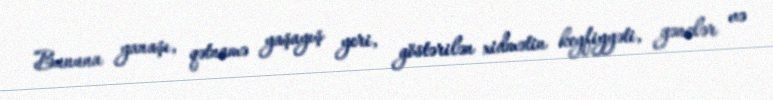
Bununa yanaşı, qətnamə yaşayış yeri, göstərilən xidmətin keyfiyyəti, gənclər və